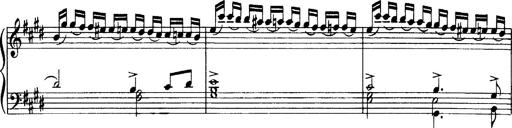
Title: OuvertÃ¼re zu TannhÃ¤user
Composer: Franz Liszt